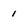
Character: 1